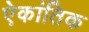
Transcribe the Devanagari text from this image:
ऐकांतिक